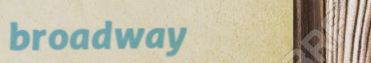
broadway